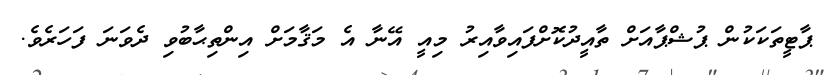
ޕާޓީތަކަކުން ޕުޝްޕާއަށް ތާއީދުކޮށްފައިވާއިރު މިއީ އޭނާ އެ މަޤާމަށް އިންތިޙާބުވި ދެވަނަ ފަހަރެވެ.